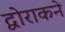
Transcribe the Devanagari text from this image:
द्वोराकने